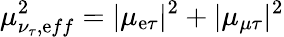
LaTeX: \mu_{\nu_{\tau},\mathrm{e}ff}^{2}=|{\mu}_{\mathrm{e}\tau}|^{2}+|{\mu}_{\mu\tau}|^{2}